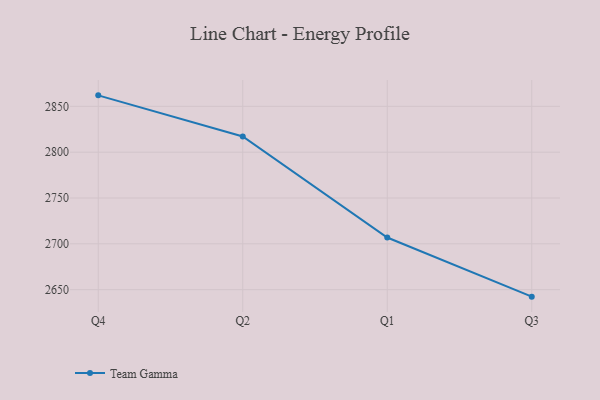
{"axis": {"x": "Quarter", "y": "Bounce Rate (%)"}, "legend": ["Team Gamma"], "data": [{"x": "Q4", "y": 2862.0, "type": "Team Gamma"}, {"x": "Q2", "y": 2817.1, "type": "Team Gamma"}, {"x": "Q1", "y": 2706.9, "type": "Team Gamma"}, {"x": "Q3", "y": 2642.4, "type": "Team Gamma"}]}